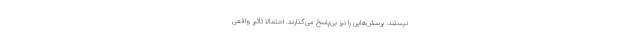
نیستند. پرسش‌هایی را نیز بی‌پاسخ می‌گذارند. احتمالاً تأثیر واقعی